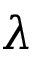
\lambda